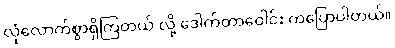
လုံလောက်စွာရှိကြတယ် လို့ ဒေါက်တာဝေါင်း ကပြောပါတယ်။